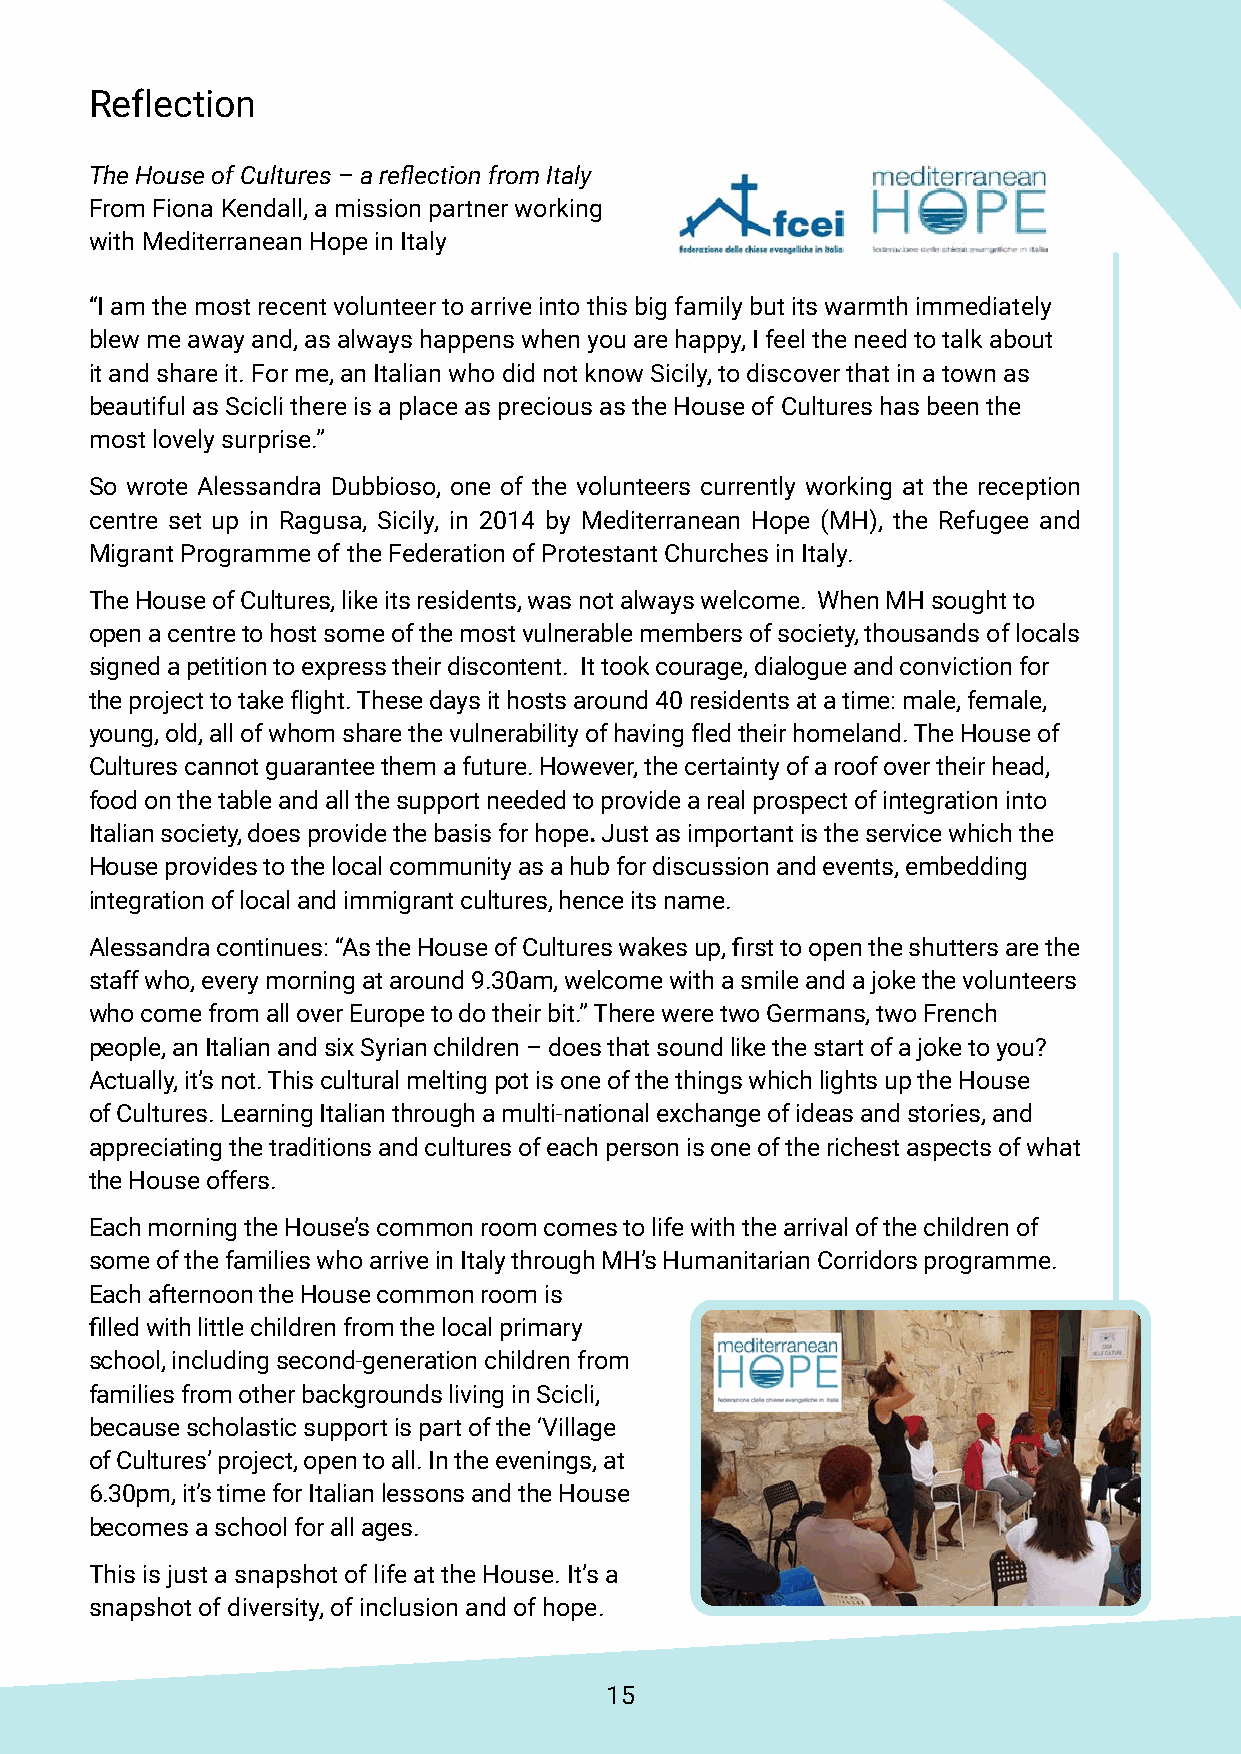
Reflection
 The House of Cultures – a reflection from Italy
 From Fiona Kendall, a mission partner working
 with Mediterranean Hope in Italy
 “I am the most recent volunteer to arrive into this big family but its warmth immediately
 blew me away and, as always happens when you are happy, I feel the need to talk about
 it and share it. For me, an Italian who did not know Sicily, to discover that in a town as
 beautiful as Scicli there is a place as precious as the House of Cultures has been the
 most lovely surprise.”
 So wrote Alessandra Dubbioso, one of the volunteers currently working at the reception
 centre set up in Ragusa, Sicily, in 2014 by Mediterranean Hope (MH), the Refugee and
 Migrant Programme of the Federation of Protestant Churches in Italy.
 The House of Cultures, like its residents, was not always welcome. When MH sought to
 open a centre to host some of the most vulnerable members of society, thousands of locals
 signed a petition to express their discontent. It took courage, dialogue and conviction for
 the project to take flight. These days it hosts around 40 residents at a time: male, female,
 young, old, all of whom share the vulnerability of having fled their homeland. The House of
 Cultures cannot guarantee them a future. However, the certainty of a roof over their head,
 food on the table and all the support needed to provide a real prospect of integration into
 Italian society, does provide the basis for hope. Just as important is the service which the
 House provides to the local community as a hub for discussion and events, embedding
 integration of local and immigrant cultures, hence its name.
 Alessandra continues: “As the House of Cultures wakes up, first to open the shutters are the
 staff who, every morning at around 9.30am, welcome with a smile and a joke the volunteers
 who come from all over Europe to do their bit.” There were two Germans, two French
 people, an Italian and six Syrian children – does that sound like the start of a joke to you?
 Actually, it’s not. This cultural melting pot is one of the things which lights up the House
 of Cultures. Learning Italian through a multi-national exchange of ideas and stories, and
 appreciating the traditions and cultures of each person is one of the richest aspects of what
 the House offers.
 Each morning the House’s common room comes to life with the arrival of the children of
 some of the families who arrive in Italy through MH’s Humanitarian Corridors programme.
 Each afternoon the House common room is
 filled with little children from the local primary
 school, including second-generation children from
 families from other backgrounds living in Scicli,
 because scholastic support is part of the ‘Village
 of Cultures’ project, open to all. In the evenings, at
 6.30pm, it’s time for Italian lessons and the House
 becomes a school for all ages.
 This is just a snapshot of life at the House. It’s a
 snapshot of diversity, of inclusion and of hope.
 15